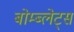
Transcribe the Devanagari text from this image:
बोम्ब्लेट्स